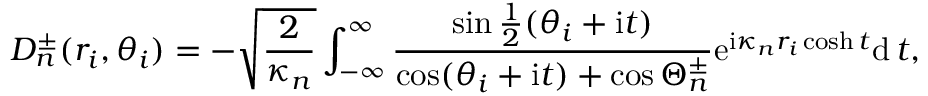
D _ { n } ^ { \pm } ( r _ { i } , \theta _ { i } ) = - \sqrt { \frac { 2 } { \kappa _ { n } } } \int _ { - \infty } ^ { \infty } \frac { \sin \frac { 1 } { 2 } ( \theta _ { i } + \mathrm { i } t ) } { \cos ( \theta _ { i } + \mathrm { i } t ) + \cos \Theta _ { n } ^ { \pm } } \mathrm { e } ^ { \mathrm { i } \kappa _ { n } r _ { i } \cosh t } \mathrm { d } \, t ,